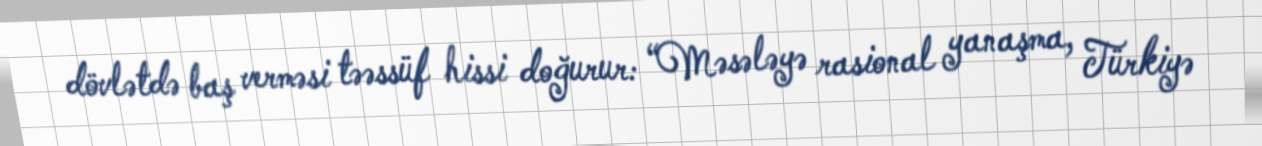
dövlətdə baş verməsi təəssüf hissi doğurur: “Məsələyə rasional yanaşma, Türkiyə